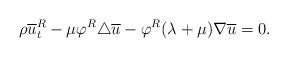
LaTeX: \begin{align*}\rho \overline{u}^R_t-\mu\varphi^R\triangle \overline{u}-\varphi^R(\lambda+\mu) \nabla \overline{u}=0.\end{align*}